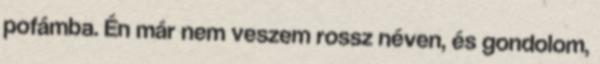
pofámba. Én már nem veszem rossz néven, és gondolom,